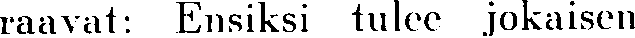
raavat: Ensiksi tulee jokaisen